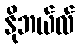
နိုဘယ်လ်